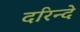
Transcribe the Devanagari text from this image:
दरिन्दे